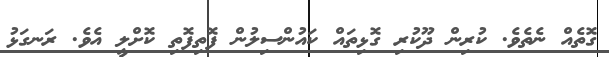
ގޮތެއް ނެތެވެ. ކުރިން ދޫކުރި ގޮޅިތައް ކައުންސިލުން ފޮތިފޮތި ކޮށްލީ އެވެ. ރަނގަޅު